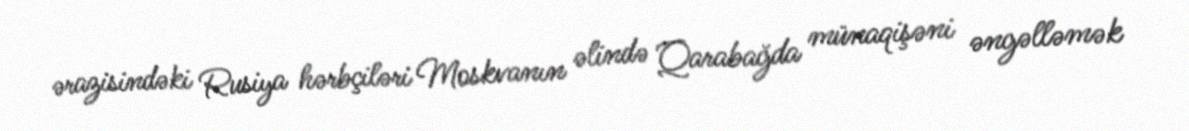
ərazisindəki Rusiya hərbçiləri Moskvanın əlində Qarabağda münaqişəni əngəlləmək